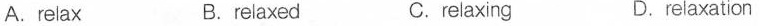
A.relax B.reiaxed C.relaxing D.relaxation